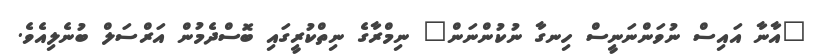
"އާނާ އައިސް ނުވަންނަނީސް ހިނގާ ނުކުންނަން" ނިމްރާގެ ނިތްކުރީގައި ބޮސްދެމުން އަރްސަލް ބުނެލިއެވެ.